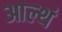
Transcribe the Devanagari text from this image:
आल्थं